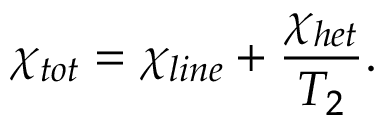
{ { \chi } _ { t o t } } = { { \chi } _ { l i n e } } + \frac { { { \chi } _ { h e t } } } { { { T } _ { 2 } } } .